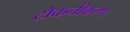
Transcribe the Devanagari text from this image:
टोकनीकरण